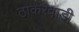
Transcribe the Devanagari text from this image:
ठाकरवाडी